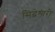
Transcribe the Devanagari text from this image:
सिद्धेश्‍वरी